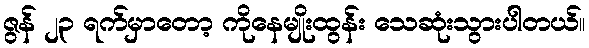
ဇွန် ၂၃ ရက်မှာတော့ ကိုနေမျိုးထွန်း သေဆုံးသွားပါတယ်။